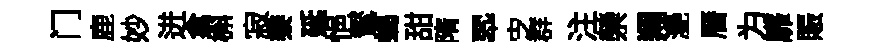
门鹿妙迸禽槲寂黍延悒鸑蝎甜隋翆㝎群注禜翔灧曆为靡賑